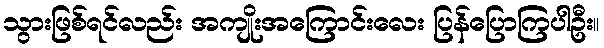
သွားဖြစ်ရင်လည်း အကျိုးအကြောင်းလေး ပြန်ပြောကြပါဦး။